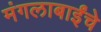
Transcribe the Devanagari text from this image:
मंगलाबाईंचे